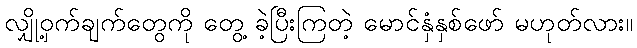
လျှို့ဝှက်ချက်တွေကို တွေ့ ခဲ့ပြီးကြတဲ့ မောင်နှံနှစ်ဖော် မဟုတ်လား။